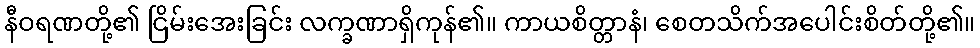
နီဝရဏတို့၏ ငြိမ်းအေးခြင်း လက္ခဏာရှိကုန်၏။ ကာယစိတ္တာနံ၊ စေတသိက်အပေါင်းစိတ်တို့၏။